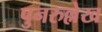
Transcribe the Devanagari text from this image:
पुनरुल्लेख